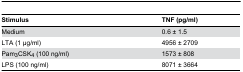
<table><thead><tr><td><b>Stimulus</b></td><td><b>TNF (pg/ml)</b></td></tr></thead><tbody><tr><td>Medium</td><td> 0.6 ± 1.5</td></tr><tr><td>LTA (1 μg/ml)</td><td>4956 ± 2709</td></tr><tr><td>Pam<sub>3</sub>CSK<sub>4</sub> (100 ng/ml)</td><td>1573 ± 808</td></tr><tr><td>LPS (100 ng/ml)</td><td>8071 ± 3664</td></tr></tbody></table>